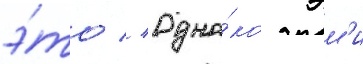
э́то // Одна́ко эм'и